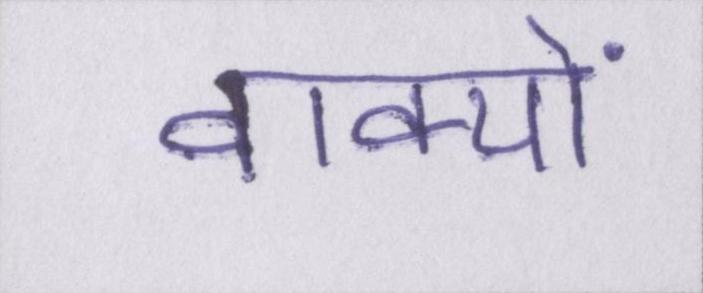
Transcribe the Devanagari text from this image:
वाक्यों